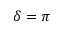
\delta = \pi